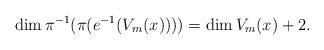
LaTeX: \begin{align*}\dim \pi ^{-1} (\pi ( e^{-1}(V_{m}(x)) )) = \dim V_{m}(x) +2.\end{align*}